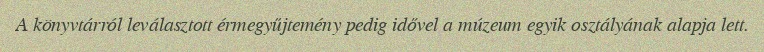
A könyvtárról leválasztott érmegyűjtemény pedig idővel a múzeum egyik osztályának alapja lett.